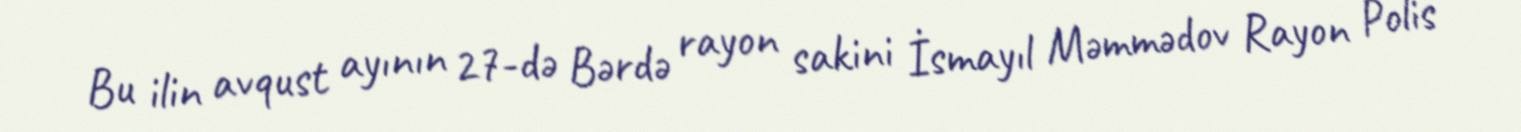
Bu ilin avqust ayının 27-də Bərdə rayon sakini İsmayıl Məmmədov Rayon Polis